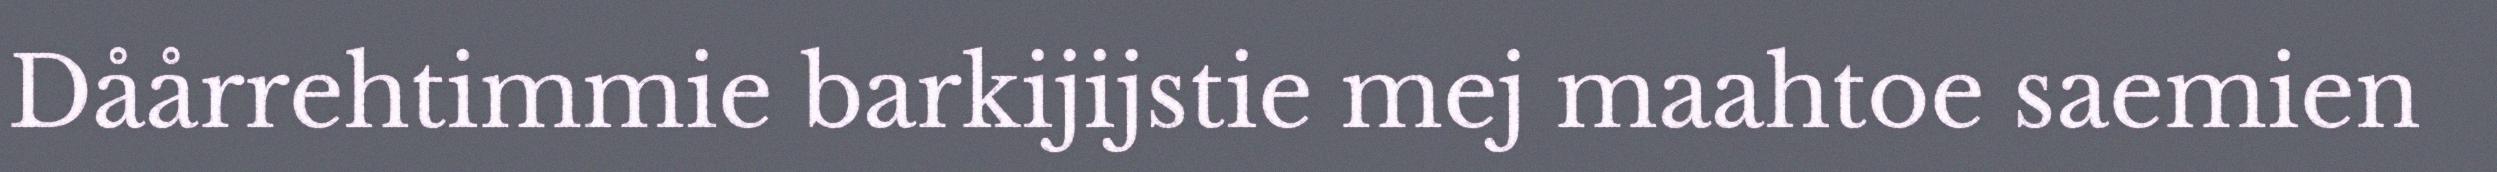
Dåårrehtimmie barkijijstie mej maahtoe saemien